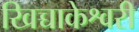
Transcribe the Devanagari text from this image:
खिच्चाकेश्वरी